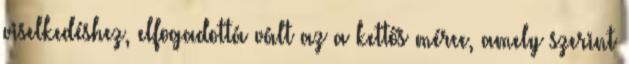
viselkedéshez, elfogadottá vált az a kettős mérce, amely szerint